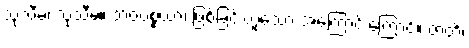
သုသီမ၊ သုသီမ။ ဘဝပစ္စယာ၊ ဖြစ်ခြင်းဟူသော အကြောင်းကြောင့်။ ဇာတိ၊